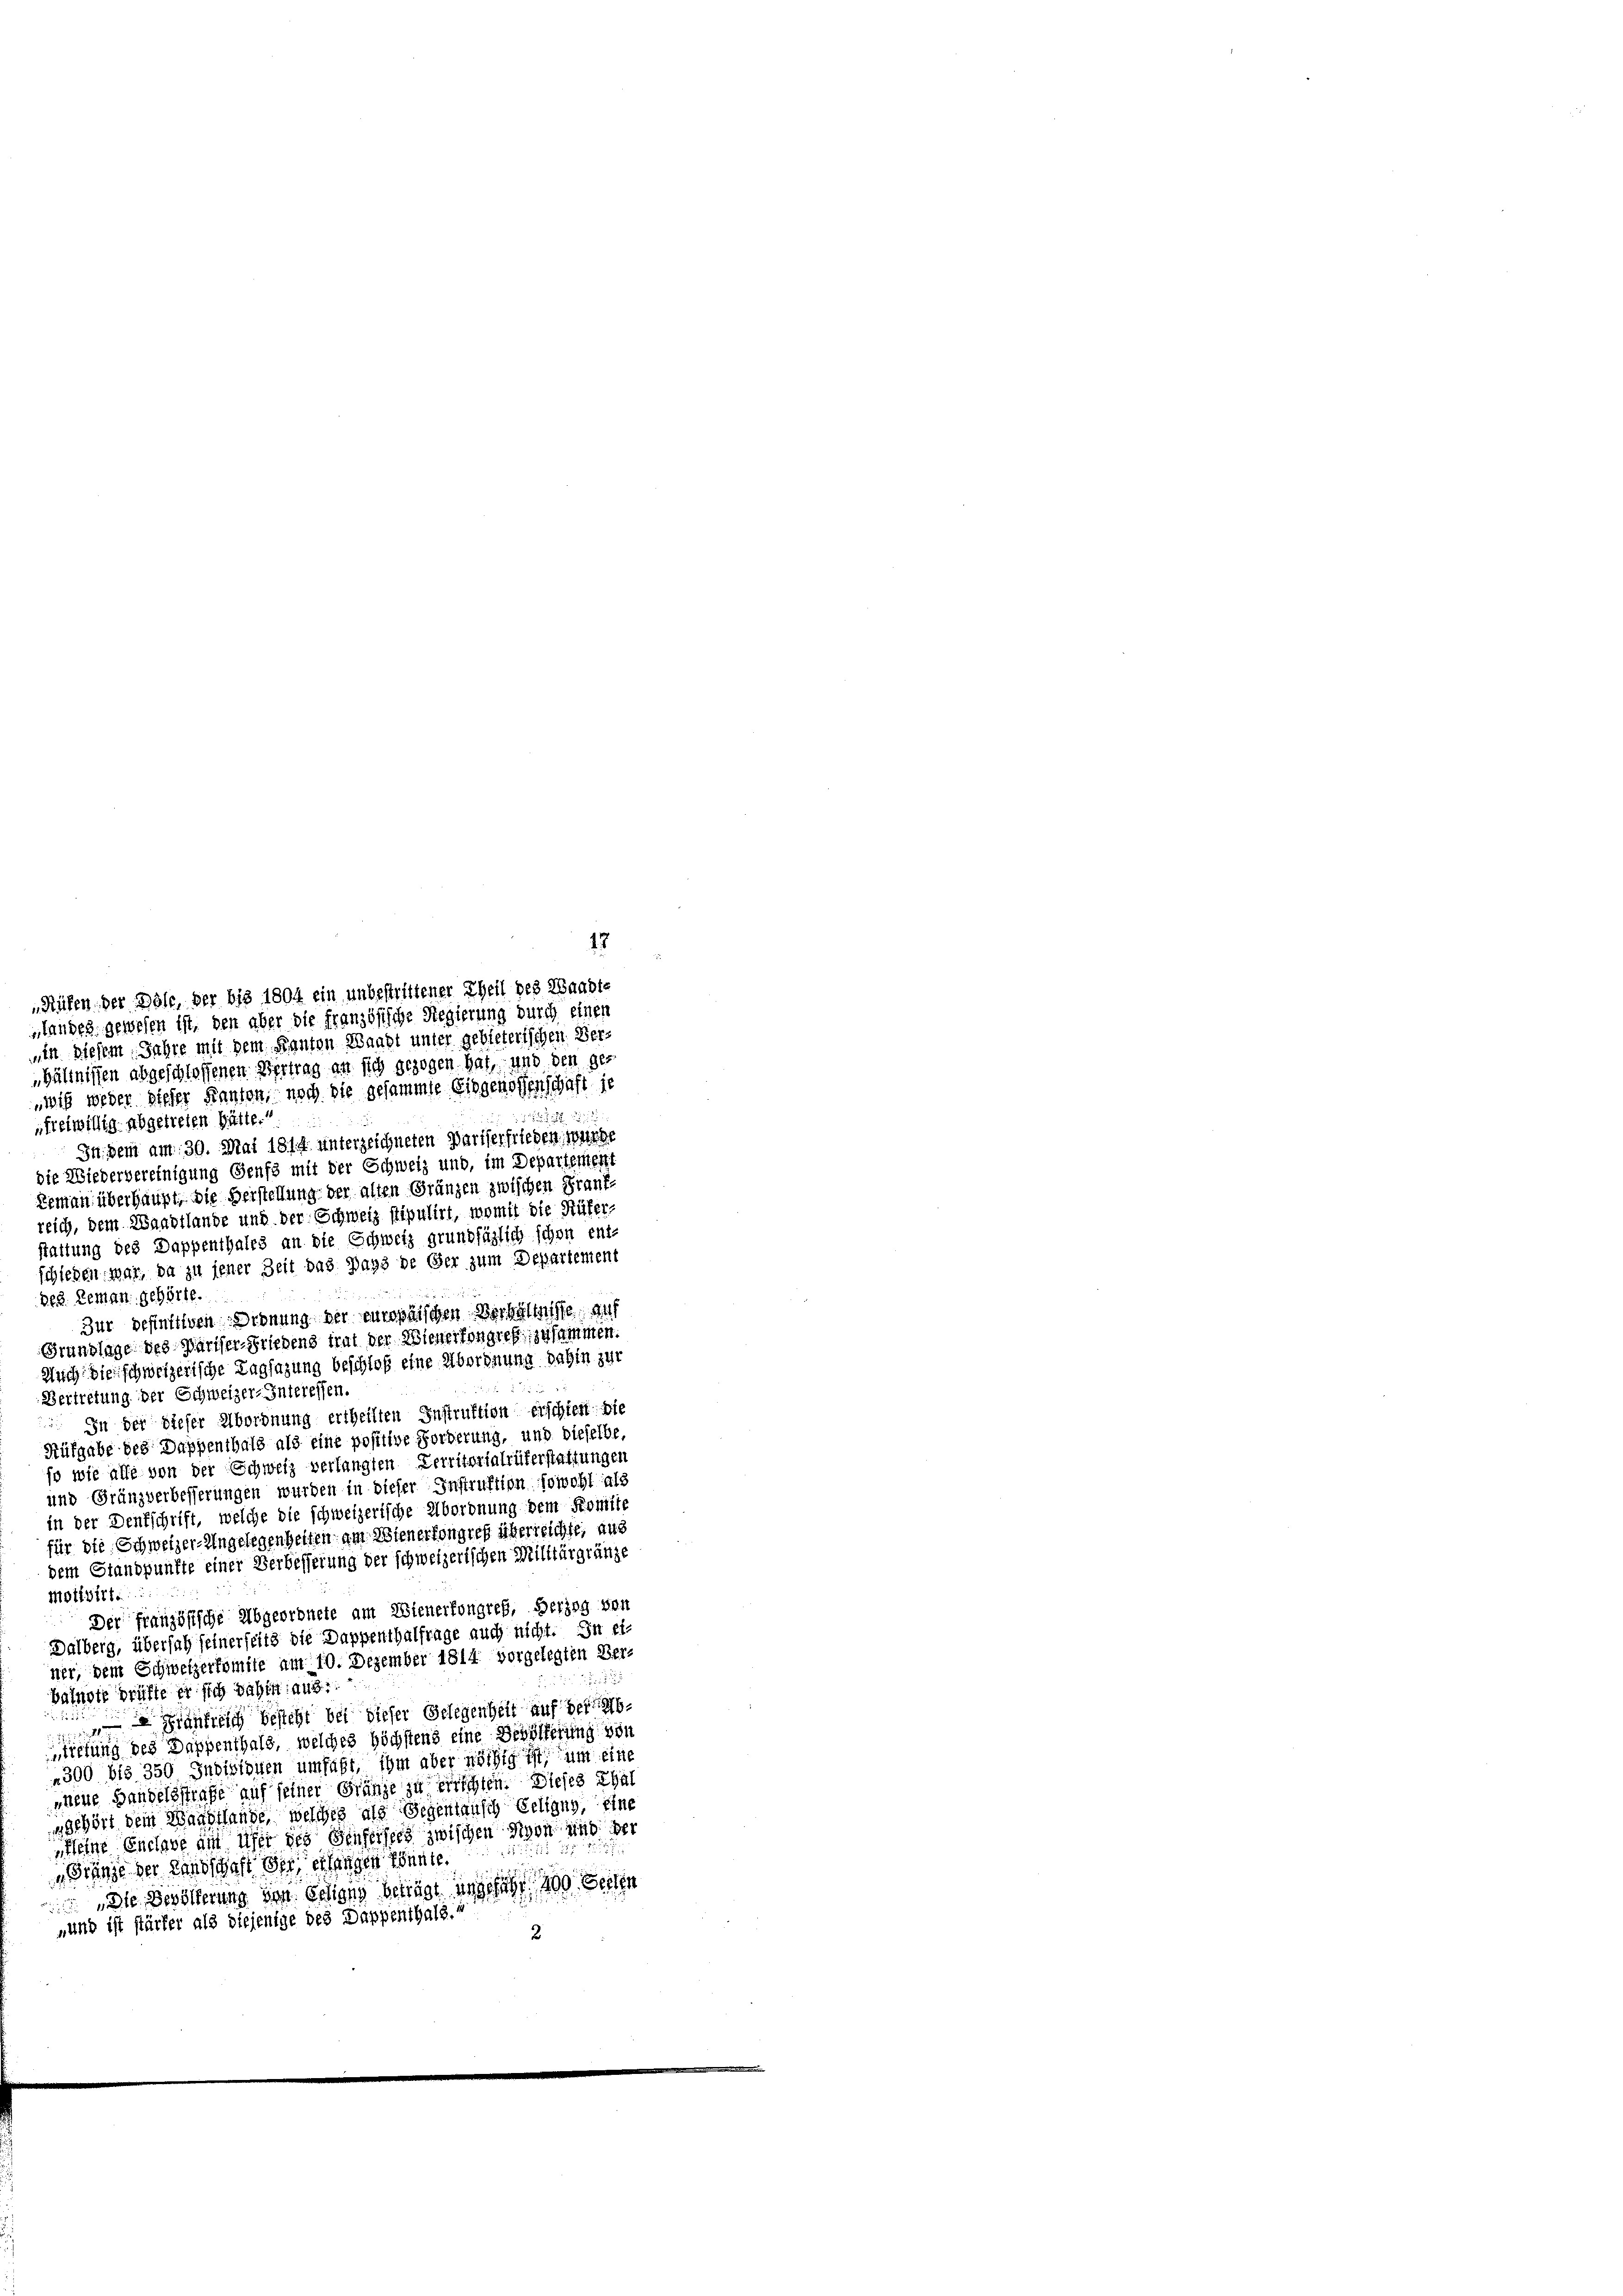
„freiwillig abgetreten hätte.“
Indem am 30. Mai 1817. unterzeichneten Pariserfrieden würde
die Wiedervereinigung Genf mit der Schweiz und, im Departement
Lemann überhaupt, die Verstellung der alten Gränzen zwischen Frankreich, dem Waadtlande und der Schweiz stipulirt, womit die Rüfer
stattung des Dappenthales an die Schweiz grundfäglich schon ent-
schieden, war, da zu jener Zeit das Pays de Ger zum Departement
Beg. Reman gehörte.
Zur definitiven Ordnung der europäischen Verhältnisse auf
Grundlage des Pariser-Friedens trat der Wienerfongreß zusammen.
Auch bienschweizerische Tagsazung beschloß eine Abordnung dahin zur

Vertretung der Schweizer-Interessen.
 In der dieser Abordnung ertheilten Instruktion erschien die
Rüfgabe des Dappenthals als eine positive Forderung, und dieselbe,
so wie alle von der Schweiz verlangten Verritortalrüberstattungen
und Gränzverbesserungen wurden in dieser Instruktion sowohl als
in der Denkschrift, welche die schweizerische Abordnung dem Komite
für die Schweizer-Angelegenheiten am Wienerfongreß überreichte, aus
dem Standpunkte einer Verbesserung der schweizerischen Militärgränze
motivirte
Der französische Abgeordnete am Wienerfongreß, herzog von
Dalberg, übersal seinerseits die Dappenthalfrage auch nicht. In einer, dem Schweizerkomite am 10. Dezember 1814. vorgelegten Ver-

balnote prüfte er sich dahin aus:
rsfrisch besteht bei dieser Gelegenheit auf verabtretung des Dappenthals, welches höchstens eine Bevölkerung von
300 bis 350 Indizionen umfahr, ihm aber nöthig ist, um eine
nene Handelsstrafe auf seiner Gränze zu errichten. Dieses Thal
ngehört dem Waadtlände, welches als Gegentausch Eeligny, eine
Kleine Enclave am Ufer des Genferstes zwischen Rigon und der
Stände der Landschaft der erlangen könnte.
 Die Bevölkerung von Schieng beträgt angefähr 400 Seiten
„und ist stärker als diejenige des Dappenthals.“

„Rüfen der Böse, der bis 1804 ein unbestrittener Theil des Waadt-
landes gewesen ist, den aber die französische Regierung durch einen
„in diesem Jahre mit dem Kanton Waadt unter gebieterischen Ver¬
Hältnissen abgeschlossenen Vertrag an sich gezogen hat, und den gewis weder steher Kanton, noch die gesammte Eidgenossenschaft je

12